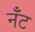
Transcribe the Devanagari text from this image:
नँँट